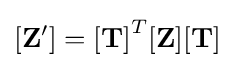
\mathbf {[Z']} =\mathbf {[T]} ^{T}\mathbf {[Z]} \mathbf {[T]}